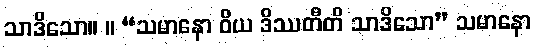
သာဒိသော။ ။ “သမာနော ဝိယ ဒိဿတီတိ သာဒိသော” သမာနော